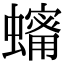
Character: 𧒫